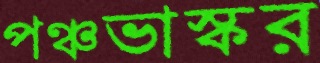
পঞ্চভাস্কর